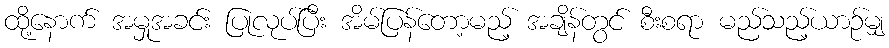
ထို့နောက် အမှုအခင်း ပြုလုပ်ပြီး အိမ်ပြန်တော့မည့် အချိန်တွင် စီးစရာ မည်သည့်ယာဉ်မျှ